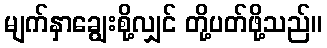
မျက်နှာချွေးစို့လျှင် တို့ပတ်ဖို့သည်။